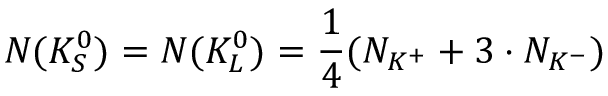
N ( K _ { S } ^ { 0 } ) = N ( K _ { L } ^ { 0 } ) = \frac { 1 } { 4 } ( N _ { K ^ { + } } + 3 \cdot N _ { K ^ { - } } )